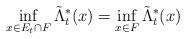
LaTeX: \begin{align*} \inf \limits_{x \in E_t \cap F} \tilde \Lambda_t^*(x) = \inf \limits_{x \in F} \tilde \Lambda_t^*(x) \end{align*}